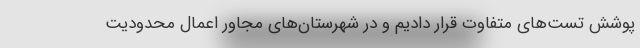
پوشش تست‌های متفاوت قرار دادیم و در شهرستان‌های مجاور اعمال محدودیت